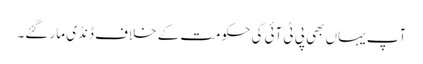
آپ یہاں بھی پی ٹی آئی کی حکومت کے خلاف ڈنڈی مار گئے۔